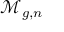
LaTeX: { \mathcal { M } } _ { g , n }